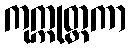
ကုက္ကုတ္ထကာ